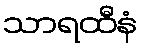
သာရထီနံ